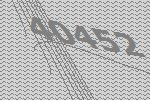
40452